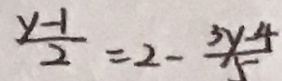
\frac { y - 1 } { 2 } = 2 - \frac { 3 y - 4 } { 5 }